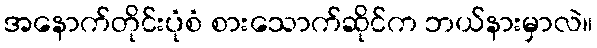
အနောက်တိုင်းပုံစံ စားသောက်ဆိုင်က ဘယ်နားမှာလဲ။